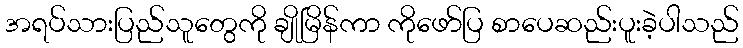
အရပ်သားပြည်သူတွေကို ချိုမြိန်ကာ ကိုဖော်ပြ စာပေဆည်းပူးခဲ့ပါသည်